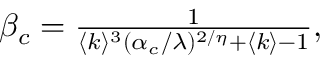
\begin{array} { r } { \beta _ { c } = \frac { 1 } { \langle k \rangle ^ { 3 } ( \alpha _ { c } / \lambda ) ^ { 2 / \eta } + \langle k \rangle - 1 } , } \end{array}